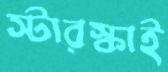
স্টারস্কাই